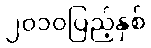
၂၀၁၀ပြည့်နှစ်